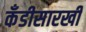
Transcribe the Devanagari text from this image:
कँडीसारखी